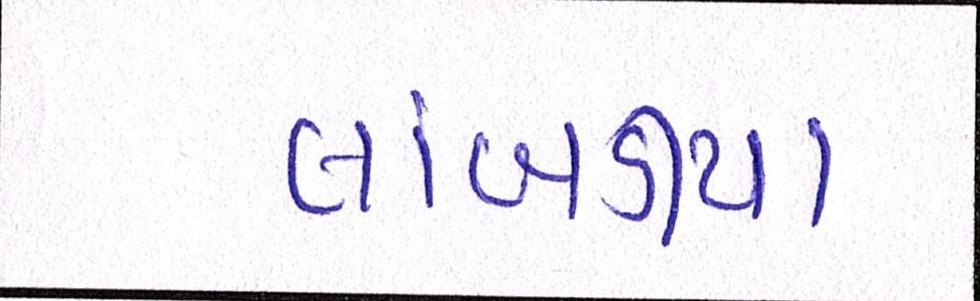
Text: લાંબડીયા